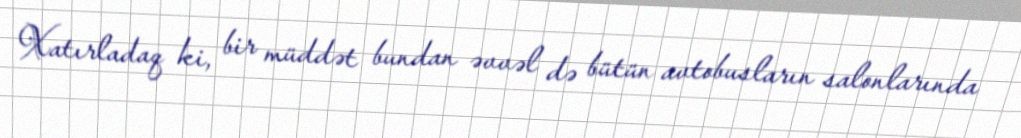
Xatırladaq ki, bir müddət bundan əvvəl də bütün avtobusların salonlarında